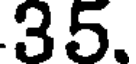
35.